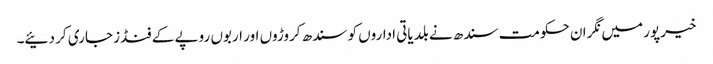
خیرپور میں نگران حکومت سندھ نے بلدیاتی اداروں کو سندھ کروڑوں اور اربوں روپے کے فنڈز جاری کر دئیے۔